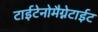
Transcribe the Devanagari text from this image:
टाईटेनोमैग्नेटाईट